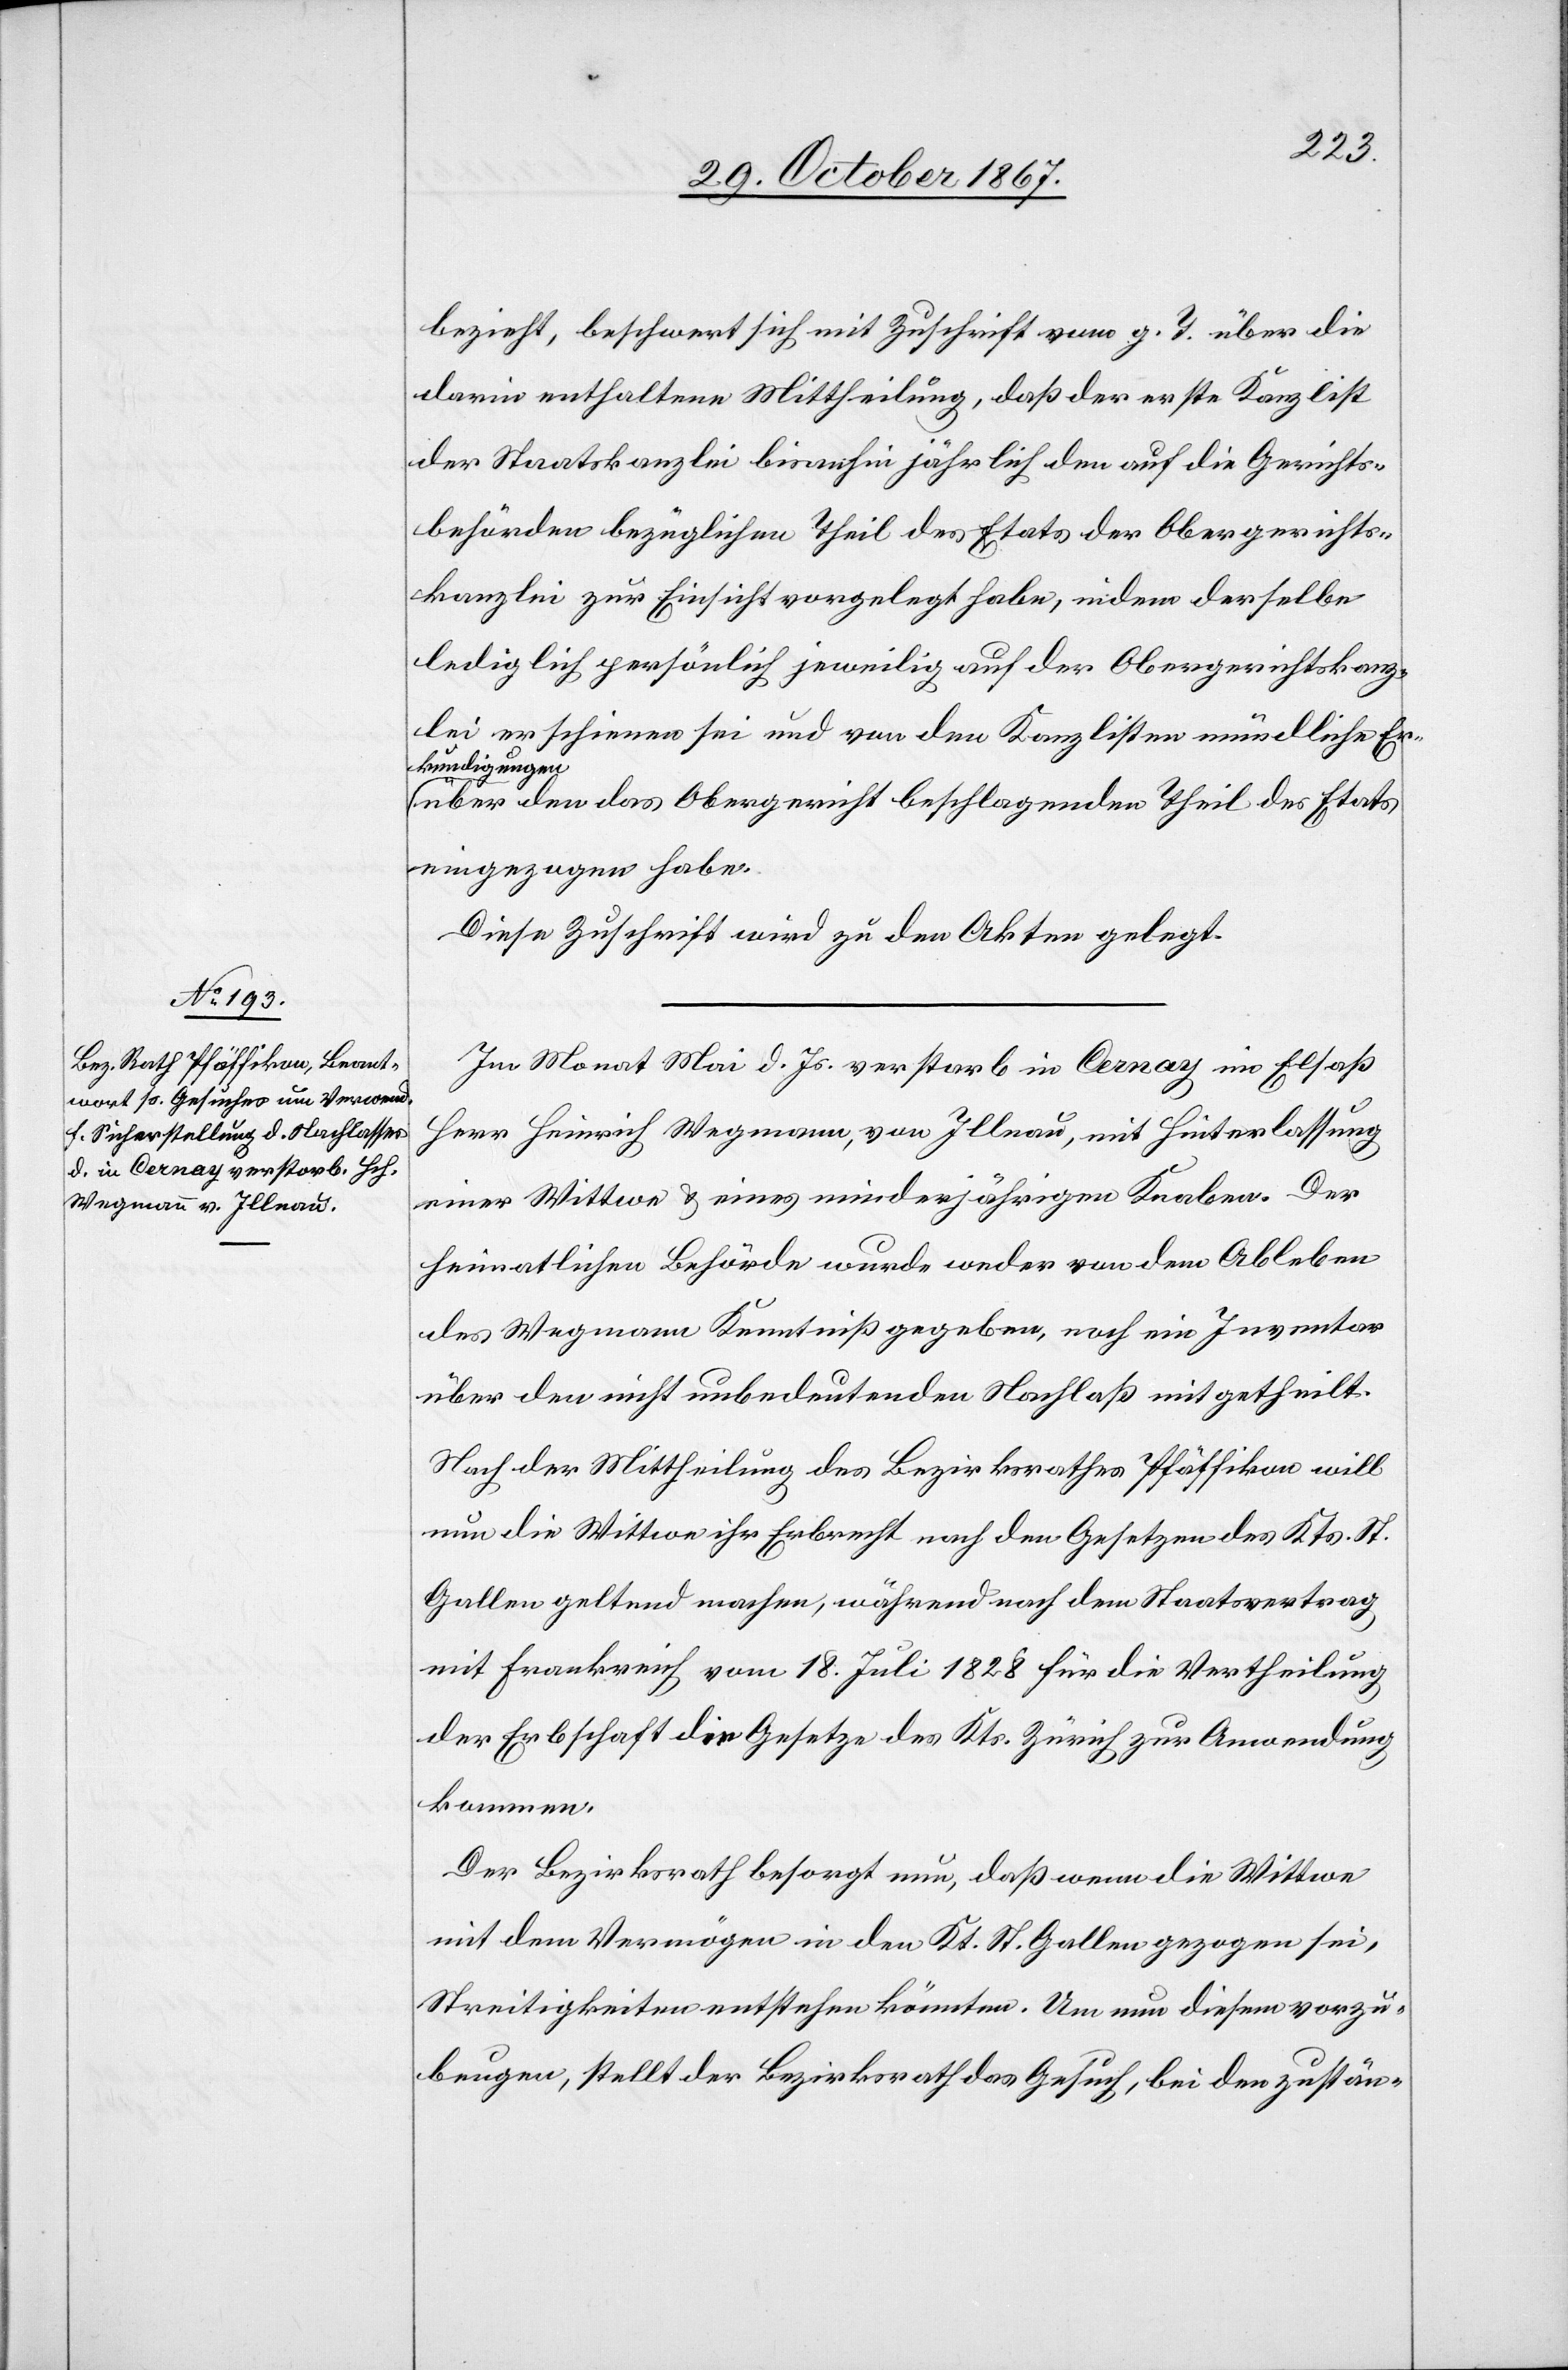
bezieht, beschwert sich mit Zuschrift vom g. T. über die
darin enthaltene Mittheilung, daß der erste Kanzlist
der Staatskanzlei bisanhin jährlich den auf die Gerichts¬
behörden bezüglichen Theil des Etats der Obergerichts¬
kanzlei zur Einsicht vorgelegt habe, indem derselbe
lediglich persönlich jeweilig auf der Obergerichtskanz¬
lei erschienen sei und von den Kanzlisten mündliche Er¬
kundigungen
über den das Obergericht beschlagenden Theil des Etats
eingezogen habe.
Diese Zuschrift wird zu den Akten gelegt.
Im Monat Mai d. Js. verstarb in Cernay im Elsaß
Herr Heinrich Wegmann, von Illnau, mit Hinterlassung
einer Wittwe u. eines minderjährigen Knaben. Der
heimatlichen Behörde wurde weder von dem Ableben
des Wegmann Kenntniß gegeben, noch ein Inventar
über den nicht unbedeutenden Nachlaß mitgetheilt.
Nach der Mittheilung des Bezirksrathes Pfäffikon will
nun die Wittwe ihr Erbrecht nach den Gesetzes des Kts. St.
Gallen geltend machen, während nach dem Staatsvertrag
mit Frankreich vom 18. Juli 1828 für die Vertheilung
der Erbschaft die Gesetze des Kts. Zürich zur Anwendung
kommen.
Der Bezirksrath besorgt nun, daß wenn die Wittwe
mit dem Vermögen in den Kt. St. Gallen gezogen sei,
Streitigkeiten entstehen könnten. Um nun diesem vorzu¬
beugen, stellt der Bezirksrath das Gesuch, bei den zustän-